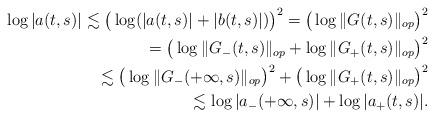
LaTeX: \begin{align*} \log |a(t, s)| \lesssim \big( \log (|a(t,s)| + |b(t,s)| ) \big)^2 = \big( \log \|G (t,s) \|_{op} \big)^2 \\ = \big( \log \|G_{-} (t,s) \|_{op} + \log \|G_{+} (t,s) \|_{op} \big)^2 \\ \lesssim \big( \log \|G_- (+\infty, s) \|_{op} \big)^2 + \big( \log \|G_+(t,s) \|_{op} \big)^2 \\ \lesssim \log |a_{-} (+\infty, s)| + \log |a_{+} (t, s)|.\end{align*}